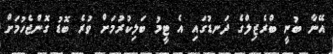
އޭނާ ބުނީ ބްރެޒިލްގެ ދަނޑުގައި އެ ޓީމު ބަލިކުރުމަށް ވުރެ ބޮޑު ގޮންޖެހުމަށް